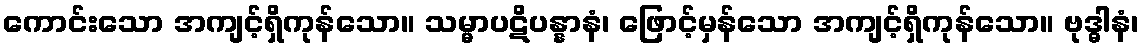
ကောင်းသော အကျင့်ရှိကုန်သော။ သမ္မာပဋိပန္နာနံ၊ ဖြောင့်မှန်သော အကျင့်ရှိကုန်သော။ ဗုဒ္ဓါနံ၊